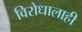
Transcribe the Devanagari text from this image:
विरोधालाही